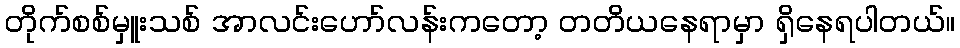
တိုက်စစ်မှူးသစ် အာလင်းဟော်လန်းကတော့ တတိယနေရာမှာ ရှိနေရပါတယ်။